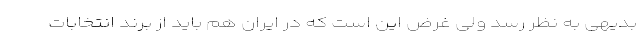
بدیهی به نظر رسد ولی غرض این است که در ایران هم باید از برند انتخابات